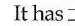
It has